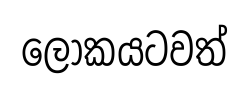
ලෝකයටවත්